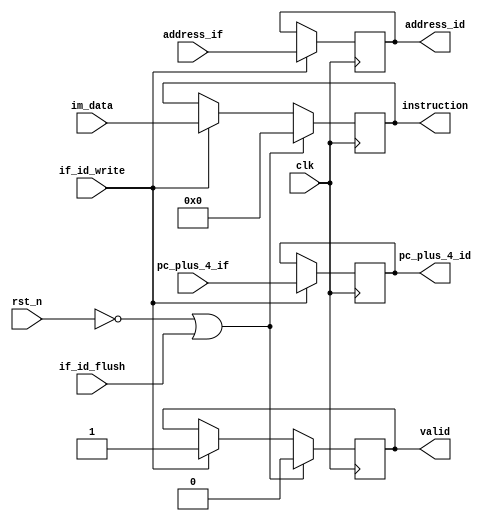
`timescale 1ns / 1ps
/*
 * Description:
 *
 * Dependencies:
 *
 * Revision:
 *
 */

module IF_ID(
	output reg [31:0] instruction, pc_plus_4_id, address_id,
	output reg valid,
	input [31:0] im_data, pc_plus_4_if, address_if,
	input if_id_write, if_id_flush, clk, rst_n
    );

	always @ (negedge clk)
	begin
		if (if_id_write)
		begin
			pc_plus_4_id <= pc_plus_4_if;
			address_id <= address_if;
		end

		if (!rst_n || if_id_flush)
		begin
			instruction <= 32'b0;
			valid <= 1'b0;
		end
		else if (if_id_write)
		begin
			instruction <= im_data;
			valid <= 1'b1;
		end
	end

endmodule